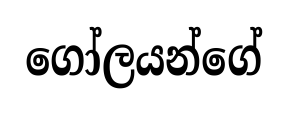
ගෝලයන්ගේ